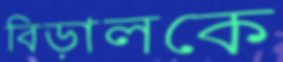
বিড়ালকে